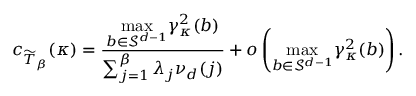
c _ { \widetilde { T } _ { \beta } } ( \kappa ) = \frac { \underset { b \in \mathcal { S } ^ { d - 1 } } { \operatorname* { m a x } } \gamma _ { \kappa } ^ { 2 } ( b ) } { \sum _ { j = 1 } ^ { \beta } \lambda _ { j } \nu _ { d } ( j ) } + o \left( \underset { b \in \mathcal { S } ^ { d - 1 } } { \operatorname* { m a x } } \gamma _ { \kappa } ^ { 2 } ( b ) \right) .